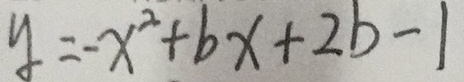
y = - x ^ { 2 } + b x + 2 b - 1